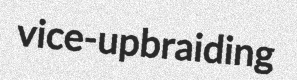
vice-upbraiding